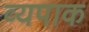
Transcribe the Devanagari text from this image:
व्यपाक